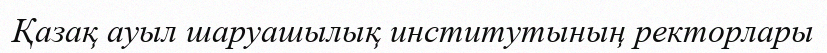
Қазақ ауыл шаруашылық институтының ректорлары